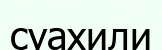
суахили